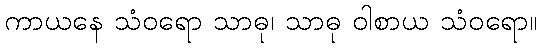
ကာယနေ သံဝရော သာဓု၊ သာဓု ဝါစာယ သံဝရော။